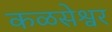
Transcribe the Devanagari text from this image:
कळसेश्वर